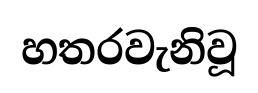
හතරවැනිවූ